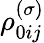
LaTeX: \rho_{0ij}^{\left(\sigma\right)}